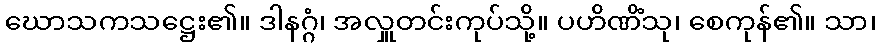
ဃောသကသဋ္ဌေး၏။ ဒါနဂ္ဂံ၊ အလှူတင်းကုပ်သို့။ ပဟိဏိံသု၊ စေကုန်၏။ သာ၊